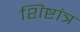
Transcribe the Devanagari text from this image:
शिष्टांत्र